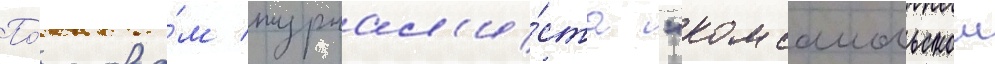
По́ слова́м журнал'и́ста "комсомольскои